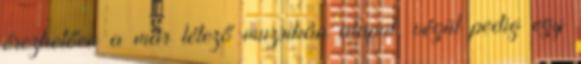
érezhetően a már létező muzsikán alapul, végül pedig egy